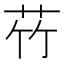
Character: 𫇸